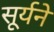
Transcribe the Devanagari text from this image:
सूर्यने